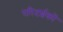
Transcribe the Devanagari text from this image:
परिदर्शकों